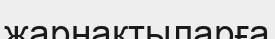
жарнақтыларға